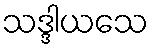
သဒ္ဒါယသေ